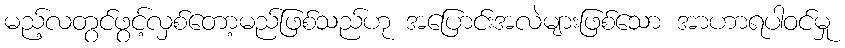
မည့်လတွင်ဖွင့်လှစ်တော့မည်ဖြစ်သည်ဟု အပြောင်းအလဲများဖြစ်သော အာဟာရပါဝင်မှု